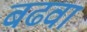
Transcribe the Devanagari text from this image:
बढवा